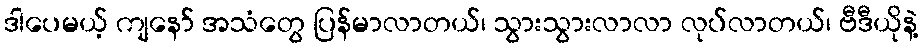
ဒါပေမယ့် ကျနော် အသံတွေ ပြန်မာလာတယ်၊ သွားသွားလာလာ လုပ်လာတယ်၊ ဗီဒီယိုနဲ့